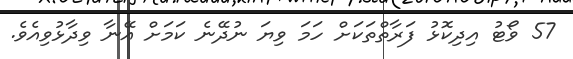
57 ވޯޓު އިދިކޮޅު ފަރާތްތަކަށް ހަމަ ވިޔަ ނުދޭނެ ކަމަށް އޭނާ ވިދާޅުވިއެވެ.